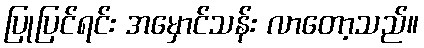
ပြုပြင်ရင်း အမှောင်သန်း လာတော့သည်။